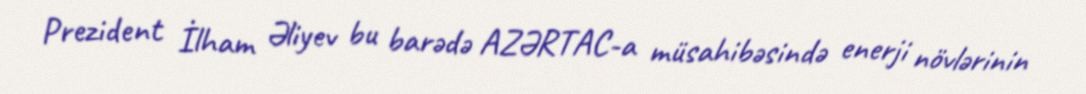
Prezident İlham Əliyev bu barədə AZƏRTAC-a müsahibəsində enerji növlərinin